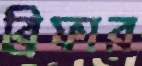
ব্রিফার